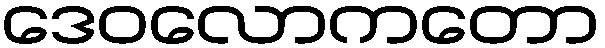
ဒေဝလောကတော